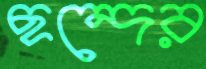
ছন্দের